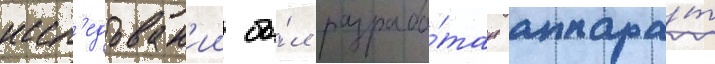
иссл'едован'ии бы́л разрабо́тан аппара́т